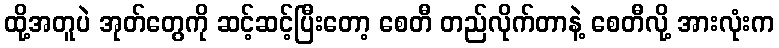
ထို့အတူပဲ အုတ်တွေကို ဆင့်ဆင့်ပြီးတော့ စေတီ တည်လိုက်တာနဲ့ စေတီလို့ အားလုံးက